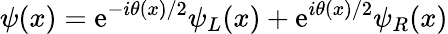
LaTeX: \psi(x)=\mathrm{e}^{-i\theta(x)/2}\psi_{L}(x)+\mathrm{e}^{i\theta(x)/2}\psi_{R}(x)